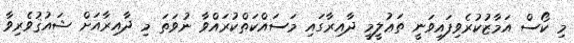
މި ކޯސް އަމާޒުކުރެވިފައިވަނީ ތަޢުލީމީ ދާއިރާގައި މަސައްކަތްކުރައްވާ ނުވަތަ މި ދާއިރާއަށް ޝައުޤުވެރިވާ